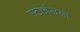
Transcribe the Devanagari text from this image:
स्टाईलला